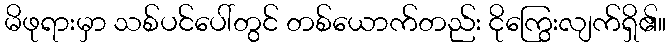
မိဖုရားမှာ သစ်ပင်ပေါ်တွင် တစ်ယောက်တည်း ငိုကြွေးလျက်ရှိ၏။